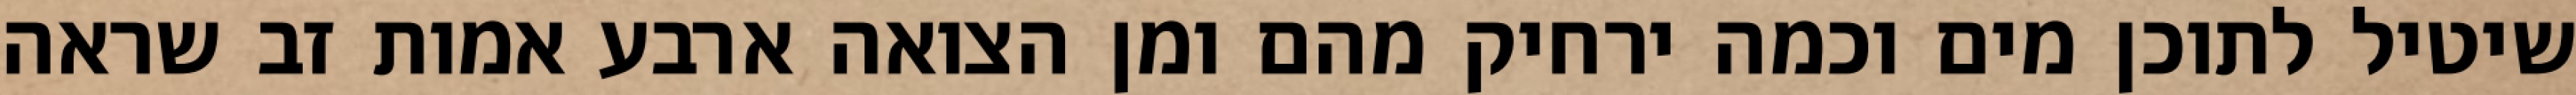
שיטיל לתוכן מים וכמה ירחיק מהם ומן הצואה ארבע אמות זב שראה